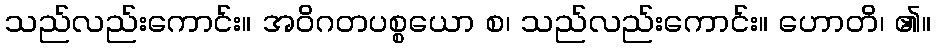
သည်လည်းကောင်း။ အဝိဂတပစ္စယော စ၊ သည်လည်းကောင်း။ ဟောတိ၊ ၏။